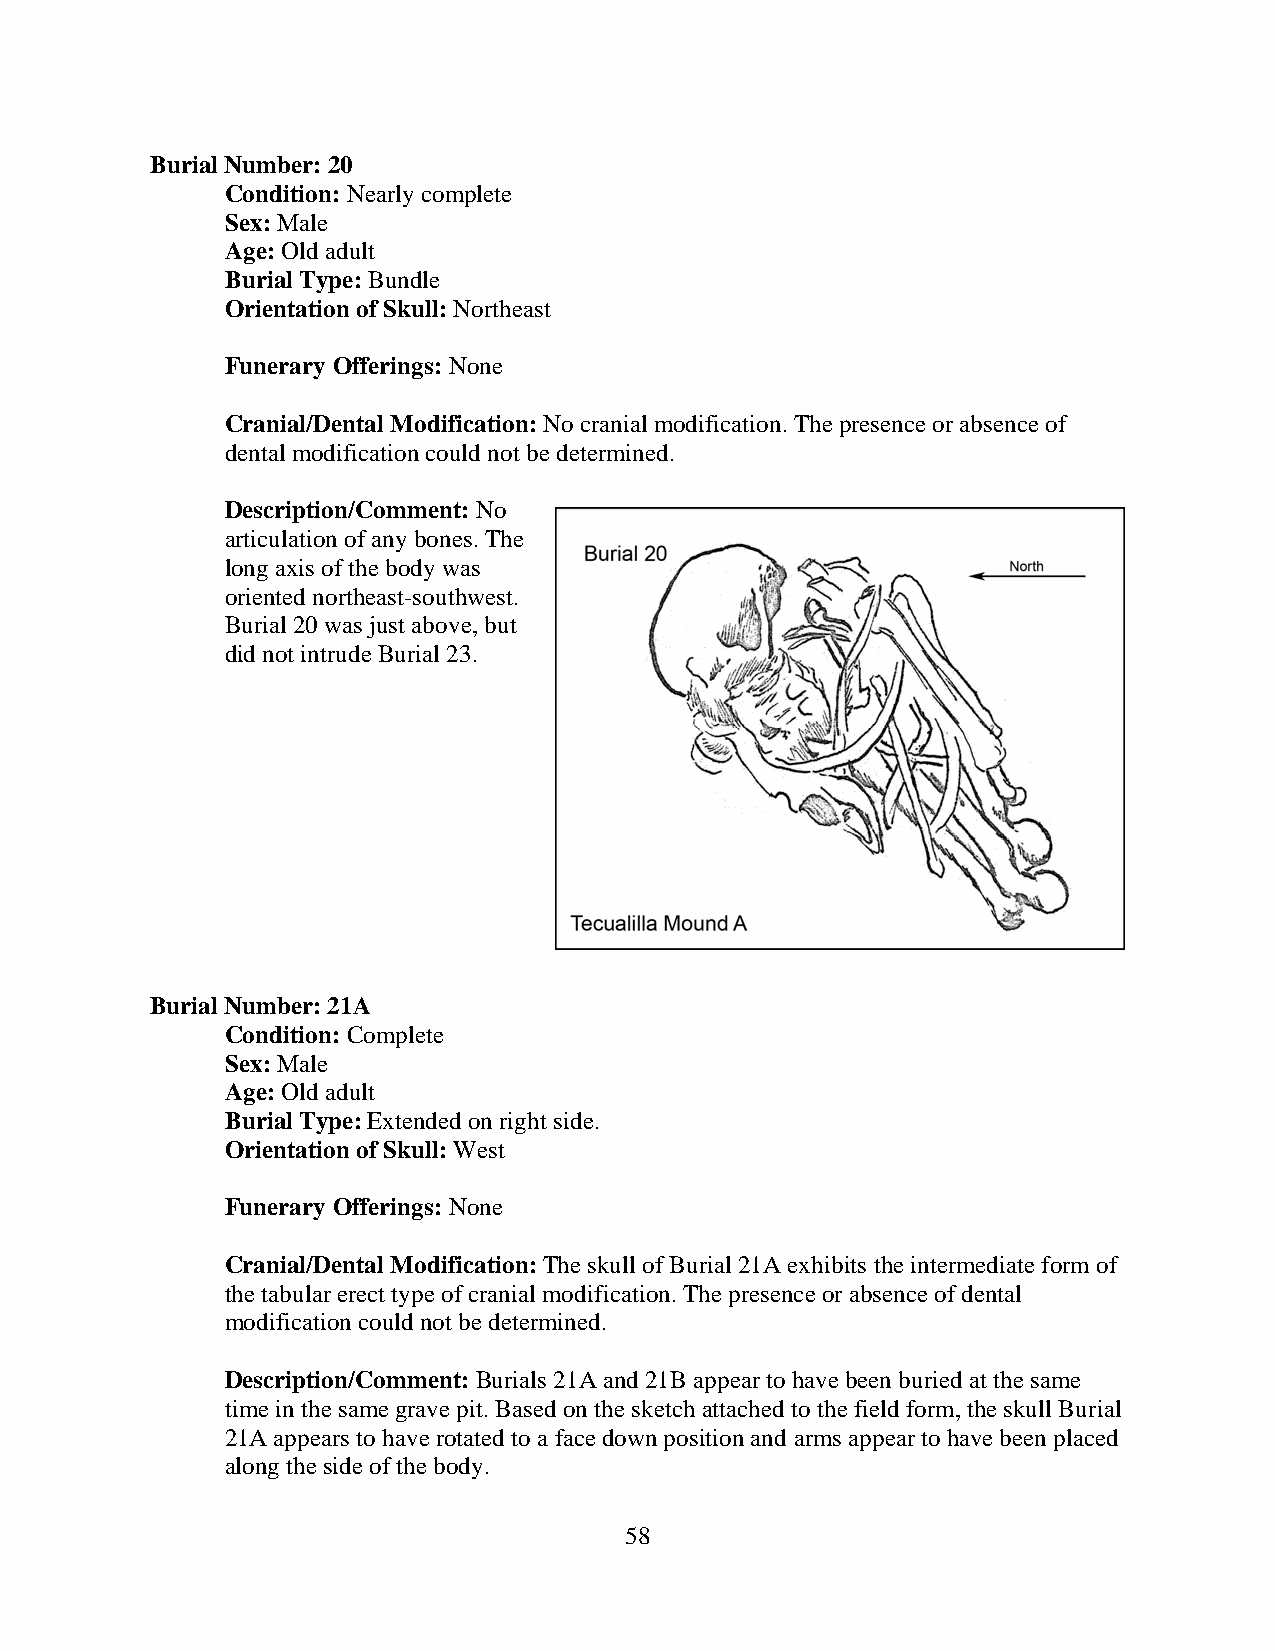
Burial Number: 20
 Condition: Nearly complete
 Sex: Male
 Age: Old adult
 Burial Type: Bundle
 Orientation of Skull: Northeast
 Funerary Offerings: None
 Cranial/Dental Modification: No cranial modification. The presence or absence of
 dental modification could not be determined.
 Description/Comment: No
 articulation of any bones. The
 long axis of the body was
 oriented northeast-southwest.
 Burial 20 was just above, but
 did not intrude Burial 23.
 Burial Number: 21A
 Condition: Complete
 Sex: Male
 Age: Old adult
 Burial Type: Extended on right side.
 Orientation of Skull: West
 Funerary Offerings: None
 Cranial/Dental Modification: The skull of Burial 21A exhibits the intermediate form of
 the tabular erect type of cranial modification. The presence or absence of dental
 modification could not be determined.
 Description/Comment: Burials 21A and 21B appear to have been buried at the same
 time in the same grave pit. Based on the sketch attached to the field form, the skull Burial
 21A appears to have rotated to a face down position and arms appear to have been placed
 along the side of the body.
 58